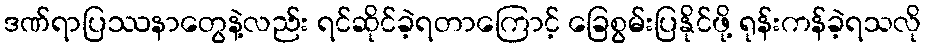
ဒဏ်ရာပြဿနာတွေနဲ့လည်း ရင်ဆိုင်ခဲ့ရတာကြောင့် ခြေစွမ်းပြနိုင်ဖို့ ရုန်းကန်ခဲ့ရသလို